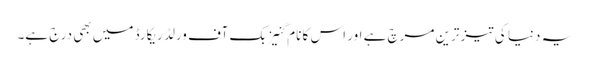
یہ دنیا کی تیز ترین مرچ ہے اور اس کا نام گنیز بک آف ورلڈ ریکارڈ میں بھی درج ہے۔